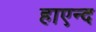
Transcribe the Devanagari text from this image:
हाएन्द